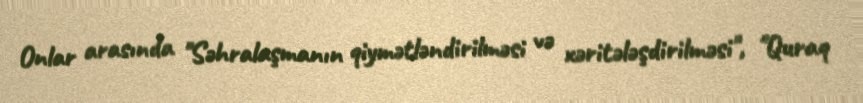
Onlar arasında "Səhralaşmanın qiymətləndirilməsi və xəritələşdirilməsi", "Quraq